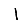
Digit: 1